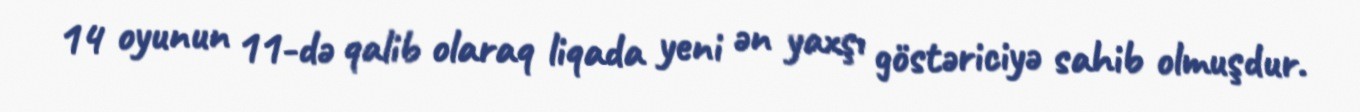
14 oyunun 11-də qalib olaraq liqada yeni ən yaxşı göstəriciyə sahib olmuşdur.